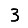
Digit: 3